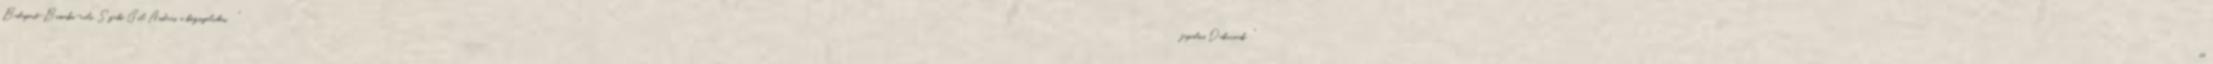
Budapest-Bamako-rali. Szabó Gál András, a köznyelvben "fapados Dakarnak " is